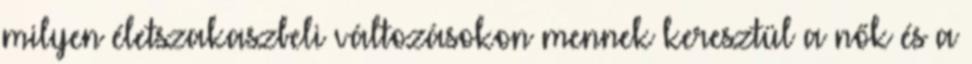
milyen életszakaszbeli változásokon mennek keresztül a nők és a